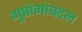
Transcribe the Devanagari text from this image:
गुप्तांगांबद्दल